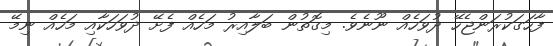
ފާހަގަކުރަންޖެހޭ ދުވަހެއް ނޫނެވެ. މިގޮތުން ބަލާއިރު މަހެއް ފެށޭ ދުވަހަކާއި މަހެއް ނިމޭ